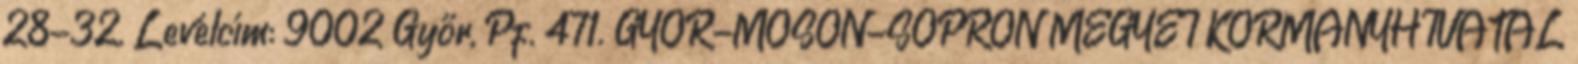
28-32. Levélcím: 9002 Győr, Pf. 471. GYŐR-MOSON-SOPRON MEGYEI KORMÁNYHIVATAL